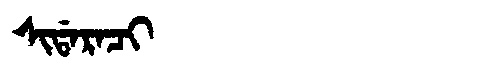
Manchu: ᠰᡳᡩᠠᡵᠠᠴᡳ
Romanization: SIDARACI